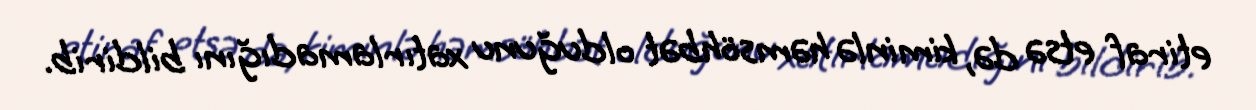
etiraf etsə də, kiminlə həmsöhbət olduğunu xatırlamadığını bildirib.